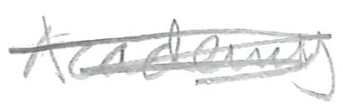
Text: Academy.
Cross-out: scratch
Writing tool: pencil